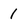
Character: 1